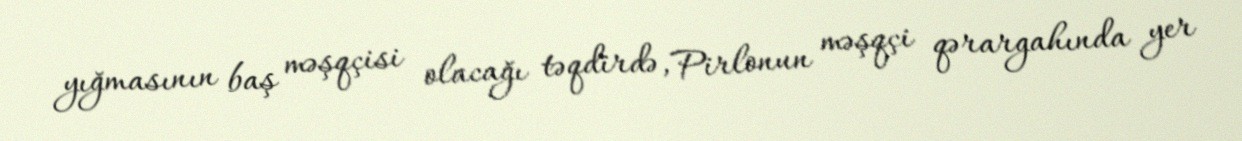
yığmasının baş məşqçisi olacağı təqdirdə, Pirlonun məşqçi qərargahında yer